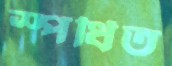
স্পর্ধিত